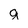
Character: g